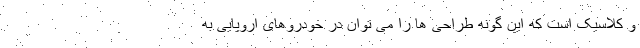
و کلاسیک است که این گونه طراحی ها را می توان در خودروهای اروپایی به